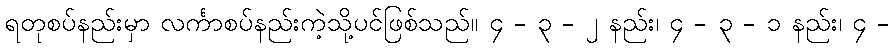
ရတုစပ်နည်းမှာ လင်္ကာစပ်နည်းကဲ့သို့ပင်ဖြစ်သည်။ ၄ - ၃ - ၂ နည်း၊ ၄ - ၃ - ၁ နည်း၊ ၄ -